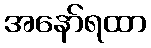
အနော်ရထာ